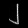
Digit: ၂